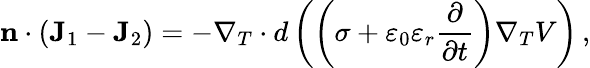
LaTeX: \mathbf{n}\cdot\left(\mathbf{J}_{1}-\mathbf{J}_{2}\right)=-\nabla_{T}\cdot d\left(\left(\sigma+\varepsilon_{0}\varepsilon_{r}\frac{\partial}{\partial t}\right)\nabla_{T}V\right)\, ,